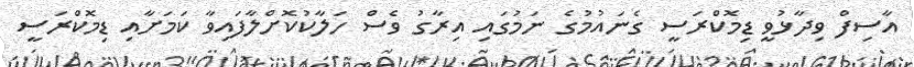
އާސިފް ވިދާޅުވީ ޑިމޮކްރަސީ ގެނައުމުގެ ނަމުގައި އިރާގު ވެސް ހަލާކުކޮށްލާފައިވާ ކަމަށާއި ޑިމޮކްރަސީ